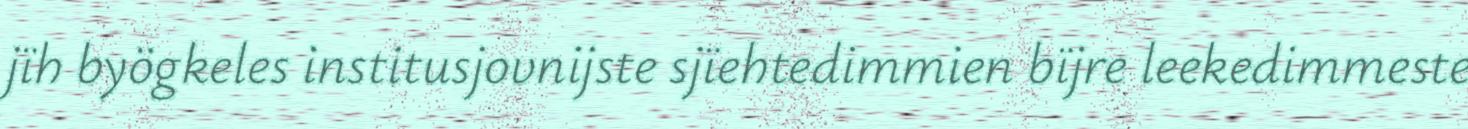
jïh byögkeles institusjovnijste sjïehtedimmien bïjre leekedimmeste